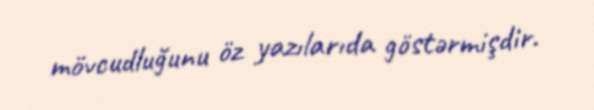
mövcudluğunu öz yazılarıda göstərmişdir.